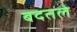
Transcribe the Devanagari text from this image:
बदतले